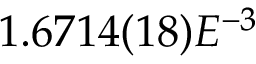
1 . 6 7 1 4 ( 1 8 ) E ^ { - 3 }